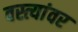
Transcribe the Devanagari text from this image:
वस्त्यांवर